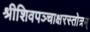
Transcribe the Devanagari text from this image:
श्रीशिवपञ्चाक्षरस्तोत्रम्